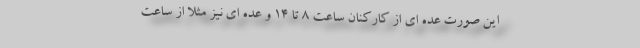
این صورت عده ای از کارکنان ساعت 8 تا 14 و عده ای نیز مثلا از ساعت